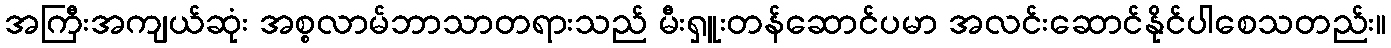
အကြီးအကျယ်ဆုံး အစ္စလာမ်ဘာသာတရားသည် မီးရှူးတန်ဆောင်ပမာ အလင်းဆောင်နိုင်ပါစေသတည်း။